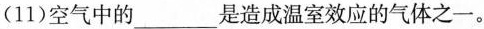
(11)空气中的___是造成温室效应的气体之一。